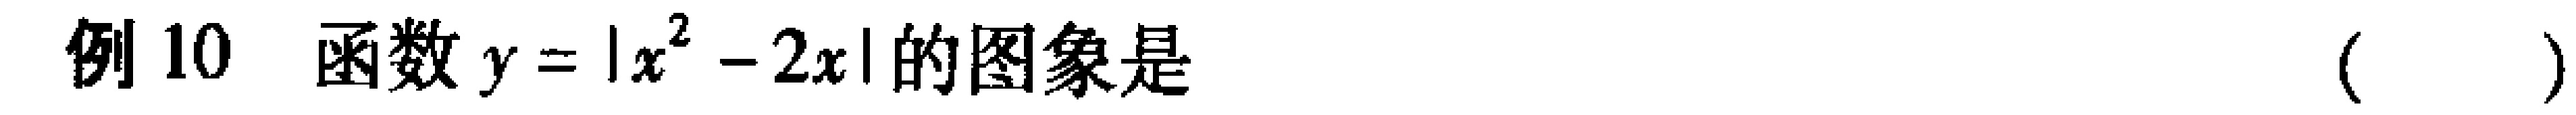
例 10  函数 \(y = |x^{2}-2x|\) 的图象是  (  )